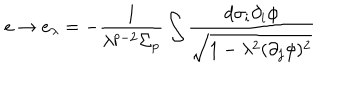
e \rightarrow e _ { \lambda } = - \frac { 1 } { \lambda ^ { p - 2 } \Sigma _ { p } } \int \frac { d \sigma _ { i } \partial _ { i } \phi } { \sqrt { 1 - \lambda ^ { 2 } ( \partial _ { j } \phi ) ^ { 2 } } }